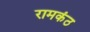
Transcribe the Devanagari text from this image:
रामकंठ